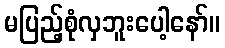
မပြည့်စုံလှဘူးပေါ့နော်။